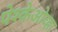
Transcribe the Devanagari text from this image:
पेश्केओव्हा